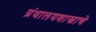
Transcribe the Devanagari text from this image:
ग्रंथालयशास्त्राचे